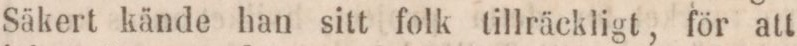
Säkert kände han sitt folk tillräckligt, för att